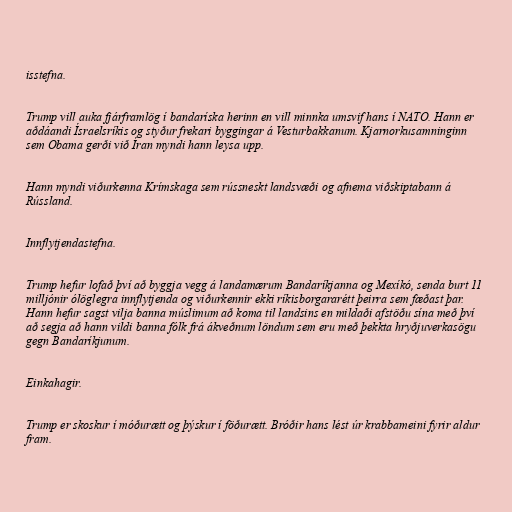
isstefna.

Trump vill auka fjárframlög í bandaríska herinn en vill minnka umsvif hans í NATO. Hann er
aðdáandi Ísraelsríkis og styður frekari byggingar á Vesturbakkanum. Kjarnorkusamninginn
sem Obama gerði við Íran myndi hann leysa upp.

Hann myndi viðurkenna Krímskaga sem rússneskt landsvæði og afnema viðskiptabann á
Rússland.

Innflytjendastefna.

Trump hefur lofað því að byggja vegg á landamærum Bandaríkjanna og Mexíkó, senda burt 11
milljónir ólöglegra innflytjenda og viðurkennir ekki ríkisborgararétt þeirra sem fæðast þar.
Hann hefur sagst vilja banna múslimum að koma til landsins en mildaði afstöðu sína með því
að segja að hann vildi banna fólk frá ákveðnum löndum sem eru með þekkta hryðjuverkasögu
gegn Bandaríkjunum.

Einkahagir.

Trump er skoskur í móðurætt og þýskur í föðurætt. Bróðir hans lést úr krabbameini fyrir aldur
fram.